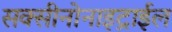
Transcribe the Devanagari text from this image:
सक्सीनोनाइट्राईल